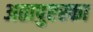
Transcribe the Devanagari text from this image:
अतापुएरका